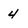
Character: 4